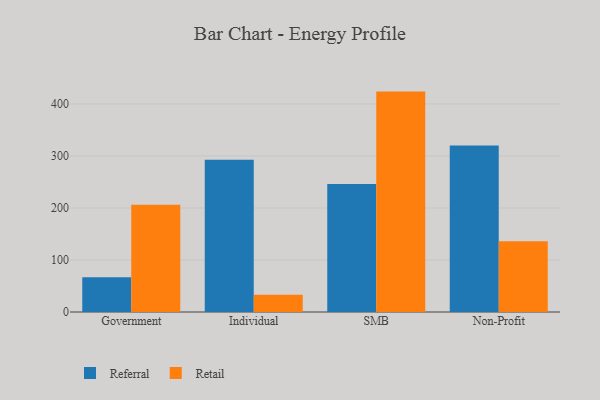
{"axis": {"x": "Segment", "y": "Gross Profit (USD K)"}, "legend": ["Referral", "Retail"], "data": [{"x": "Government", "y": 67.0, "type": "Referral"}, {"x": "Government", "y": 206.0, "type": "Retail"}, {"x": "Individual", "y": 292.9, "type": "Referral"}, {"x": "Individual", "y": 33.2, "type": "Retail"}, {"x": "SMB", "y": 245.9, "type": "Referral"}, {"x": "SMB", "y": 423.8, "type": "Retail"}, {"x": "Non-Profit", "y": 320.0, "type": "Referral"}, {"x": "Non-Profit", "y": 136.0, "type": "Retail"}]}